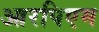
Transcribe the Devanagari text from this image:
आरपिएम